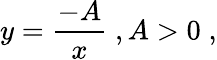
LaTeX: y={\frac{-A}{x}}\; ,A>0\; ,